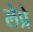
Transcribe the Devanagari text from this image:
लेप्रे